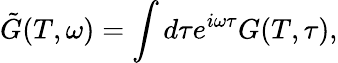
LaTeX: \tilde{G}(T,\omega)=\int d\tau e^{i\omega\tau}G(T,\tau),